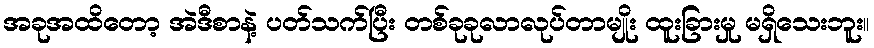
အခုအထိတော့ အဲဒီစာနဲ့ ပတ်သက်ပြီး တစ်ခုခုလာလုပ်တာမျိုး ထူးခြားမှု မရှိသေးဘူး။